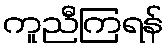
ကူညီကြရန်